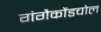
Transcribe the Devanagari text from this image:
गंगैकोंडचोल